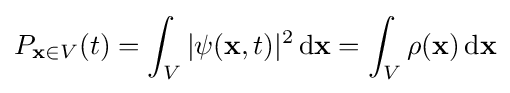
P_{\mathbf {x} \in V}(t)=\int _{V}|\psi (\mathbf {x} ,t)|^{2}\,\mathrm {d\mathbf {x} } =\int _{V}\rho (\mathbf {x} )\,\mathrm {d\mathbf {x} }